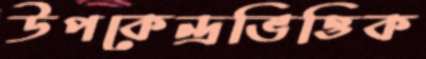
উপকেন্দ্রভিত্তিক